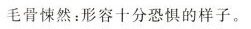
毛骨悚然：形容十分恐惧的样子。